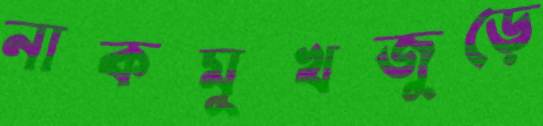
নাকমুখজুড়ে